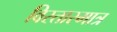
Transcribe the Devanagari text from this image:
विस्तारमात्र